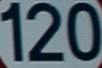
120